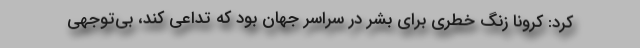
کرد: کرونا زنگ خطری برای بشر در سراسر جهان بود که تداعی کند، بی‌توجهی